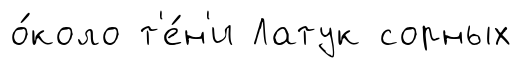
о́коло т'е́н'и Латук сорных